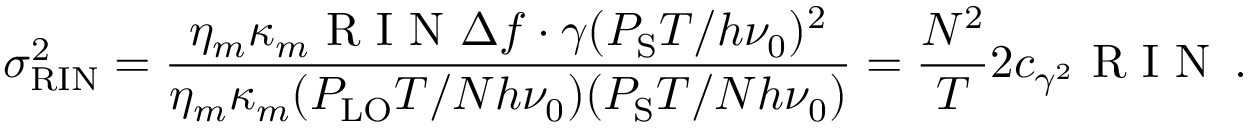
\sigma _ { \mathrm { R I N } } ^ { 2 } = \frac { \eta _ { m } \kappa _ { m } \mathrm { ~ R ~ I ~ N ~ } \Delta f \cdot \gamma ( P _ { \mathrm { S } } T / h \nu _ { 0 } ) ^ { 2 } } { \eta _ { m } \kappa _ { m } ( P _ { \mathrm { L O } } T / N h \nu _ { 0 } ) ( P _ { \mathrm { S } } T / N h \nu _ { 0 } ) } = \frac { N ^ { 2 } } { T } 2 c _ { \gamma ^ { 2 } } \mathrm { ~ R ~ I ~ N ~ } \, .